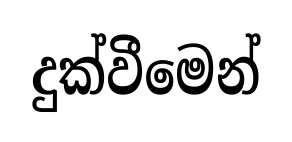
දුක්වීමෙන්